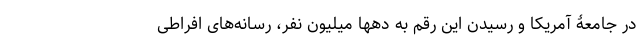
در جامعۀ آمریکا و رسیدن این رقم به دهها میلیون نفر، رسانه‌های افراطی